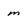
Character: m